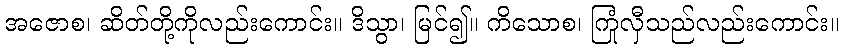
အဇောစ၊ ဆိတ်တို့ကိုလည်းကောင်း။ ဒိသွာ၊ မြင်၍။ ကိသောစ၊ ကြုံလှီသည်လည်းကောင်း။